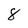
Character: 8